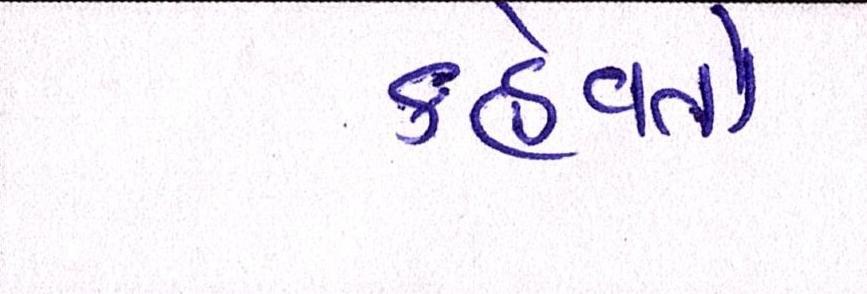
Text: કહેવતો